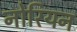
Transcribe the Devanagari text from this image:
नोरियन